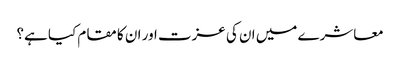
معاشرے میں ان کی عزت اور ان کا مقام کیا ہے؟